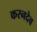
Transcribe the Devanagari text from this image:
करनदेव